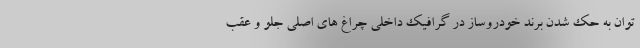
توان به حک شدن برند خودروساز در گرافیک داخلی چراغ های اصلی جلو و عقب